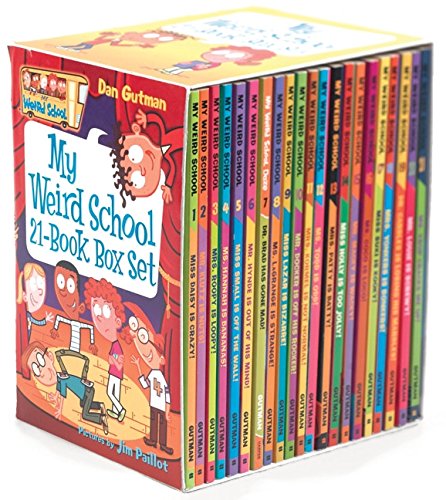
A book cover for My Weird School 21-Book Box Set; Dan Gutman; Children's Books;